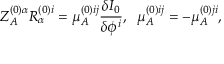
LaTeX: Z _ { A } ^ { ( 0 ) \alpha } R _ { \alpha } ^ { ( 0 ) i } = \mu _ { A } ^ { ( 0 ) i j } \frac { \delta I _ { 0 } } { \delta \phi ^ { i } } , \; \; \mu _ { A } ^ { ( 0 ) i j } = - \mu _ { A } ^ { ( 0 ) j i } ,